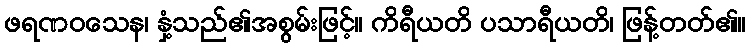
ဖရဏဝသေန၊ နှံ့သည်၏အစွမ်းဖြင့်။ ကိရီယတိ ပသာရီယတိ၊ ဖြန့်တတ်၏။